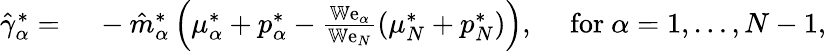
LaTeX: \begin{array}{rl}{\hat{\gamma}_{\alpha}^{*}=}&{~-\hat{m}_{\alpha}^{*}\left(\mu_{\alpha}^{*}+p_{\alpha}^{*}-\frac{\mathbb{W}\mathrm{e}_{\alpha}}{\mathbb{W}\mathrm{e}_{N}}\left(\mu_{N}^{*}+p_{N}^{*}\right)\right),\quad\mathrm{~for~}\alpha=1,\dots,N-1,}\end{array}